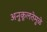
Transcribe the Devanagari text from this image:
अनुकूलतेमुळे